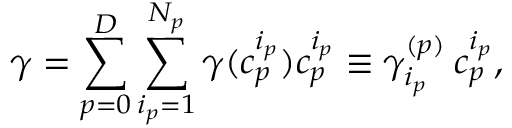
\gamma = \sum _ { p = 0 } ^ { D } \sum _ { i _ { p } = 1 } ^ { N _ { p } } \gamma ( c _ { p } ^ { i _ { p } } ) c _ { p } ^ { i _ { p } } \equiv \gamma _ { i _ { p } } ^ { ( p ) } \: c _ { p } ^ { i _ { p } } ,